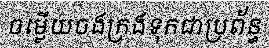
ចម្លើយចងក្រងទុកជាប្រព័ន្ធ